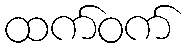
ထက်ဝက်